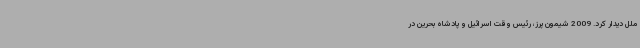
ملل دیدار کرد. 2009 شیمون پرز، رئیس وقت اسرائیل و پادشاه بحرین در